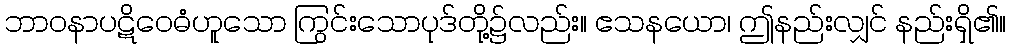
ဘာဝနာပဋိဝေဓံဟူသော ကြွင်းသောပုဒ်တို့၌လည်း။ ဧသနယော၊ ဤနည်းလျှင် နည်းရှိ၏။